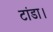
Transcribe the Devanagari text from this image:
टांडा।